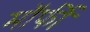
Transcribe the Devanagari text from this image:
मॉर्फी